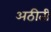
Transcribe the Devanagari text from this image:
अठीती